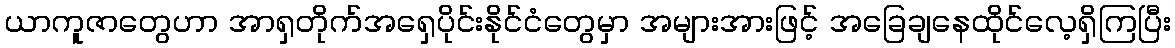
ယာကူဇာတွေဟာ အာရှတိုက်အရှေပိုင်းနိုင်ငံတွေမှာ အများအားဖြင့် အခြေချနေထိုင်လေ့ရှိကြပြီး